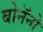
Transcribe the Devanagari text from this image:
बोनॅनो